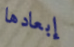
إبعادها